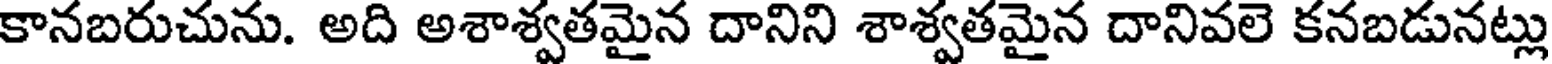
కానబరుచును. అది అశాశ్వతమైన దానిని శాశ్వతమైన దానివలె కనబడునట్లు